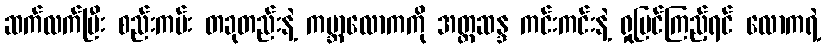
ဆက်လက်ပြီး စည်းကမ်း တခုတည်းနဲ့ ကမ္ဘာလောကကို အတ္တဆန္ဒ ကင်းကင်းနဲ့ ရှုမြင်ကြည့်ရင် လောကရဲ့